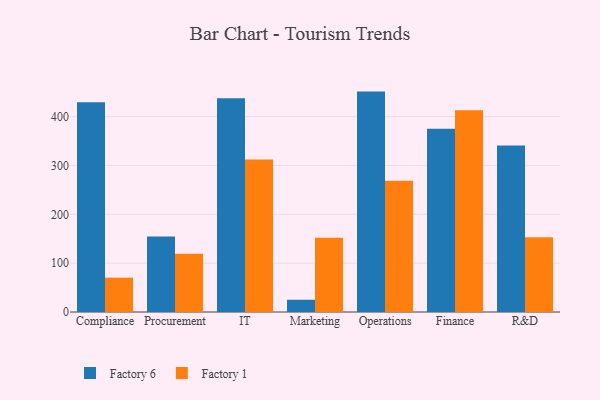
{"axis": {"x": "Department", "y": "Backlog"}, "legend": ["Factory 1", "Factory 6"], "data": [{"x": "Compliance", "y": 429.5, "type": "Factory 6"}, {"x": "Compliance", "y": 70.3, "type": "Factory 1"}, {"x": "Procurement", "y": 154.8, "type": "Factory 6"}, {"x": "Procurement", "y": 119.0, "type": "Factory 1"}, {"x": "IT", "y": 437.6, "type": "Factory 6"}, {"x": "IT", "y": 312.0, "type": "Factory 1"}, {"x": "Marketing", "y": 25.1, "type": "Factory 6"}, {"x": "Marketing", "y": 151.8, "type": "Factory 1"}, {"x": "Operations", "y": 451.2, "type": "Factory 6"}, {"x": "Operations", "y": 268.9, "type": "Factory 1"}, {"x": "Finance", "y": 375.2, "type": "Factory 6"}, {"x": "Finance", "y": 412.8, "type": "Factory 1"}, {"x": "R&D", "y": 340.7, "type": "Factory 6"}, {"x": "R&D", "y": 153.0, "type": "Factory 1"}]}